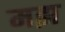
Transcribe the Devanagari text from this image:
मझ